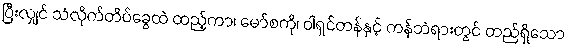
ပြီးလျှင် သံလိုက်တိပ်ခွေထဲ ထည့်ကာ၊ မော်စကို၊ ဝါရှင်တန်နှင့် ကန်ဘဲရားတွင် တည်ရှိသော